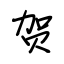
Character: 贺